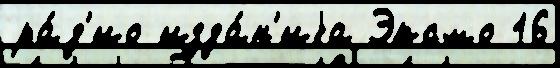
ра́д'ио изда́н'иjа Эксмо 16